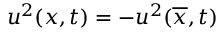
u ^ { 2 } ( x , t ) = - u ^ { 2 } ( \overline { { x } } , t )